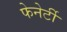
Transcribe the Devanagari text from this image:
फेनेर्टी